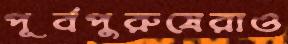
পূর্বপুরুষেরাও